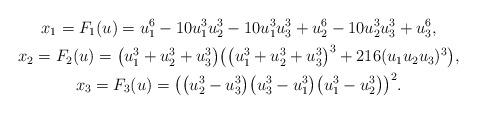
LaTeX: \begin{gather*}x_1=F_1(u)=u_1^6 - 10 u_1^3 u_2^3 - 10 u_1^3 u_3^3 + u_2^6 - 10 u_2^3 u_3^3 + u_3^6,\\x_2=F_2(u)=\big(u_1^3+u_2^3+u_3^3\big) \big(\big(u_1^3+u_2^3+u_3^3\big)^3+216 (u_1 u_2 u_3)^3\big),\\x_3=F_3(u)=\big(\big(u_2^3-u_3^3\big) \big(u_3^3-u_1^3\big) \big(u_1^3-u_2^3\big)\big)^2.\end{gather*}